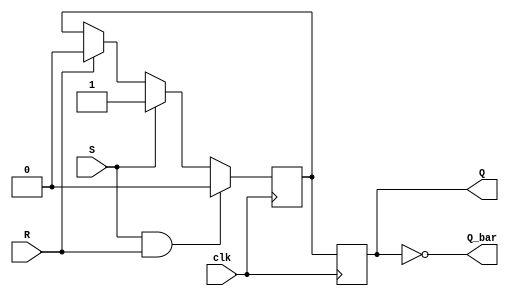
module sr_flipflop (
    input wire clk,
    input wire S,
    input wire R,
    output reg Q,
    output reg Q_bar
);

reg master_latch;
reg slave_latch;

always @(posedge clk) begin
    if (S && R) begin
        // invalid state
        master_latch <= 1'b0;
    end else if (S) begin
        // Set
        master_latch <= 1'b1;
    end else if (R) begin
        // Reset
        master_latch <= 1'b0;
    end else begin
        // Hold state
        master_latch <= master_latch;
    end
end

always @(posedge clk) begin
    slave_latch <= master_latch;
end

assign Q = slave_latch;
assign Q_bar = ~slave_latch;

endmodule